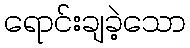
ရောင်းချခဲ့သော